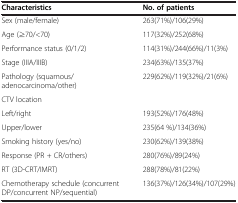
<table><thead><tr><td><b>Characteristics</b></td><td><b>No. of patients</b></td></tr></thead><tbody><tr><td>Sex (male/female)</td><td>263(71%)/106(29%)</td></tr><tr><td>Age (≥70/&lt;70)</td><td>117(32%)/252(68%)</td></tr><tr><td>Performance status (0/1/2)</td><td>114(31%)/244(66%)/11(3%)</td></tr><tr><td>Stage (IIIA/IIIB)</td><td>234(63%)/135(37%)</td></tr><tr><td>Pathology (squamous/adenocarcinoma/other)</td><td>229(62%)/119(32%)/21(6%)</td></tr><tr><td>CTV location</td><td> </td></tr><tr><td>Left/right</td><td>193(52%)/176(48%)</td></tr><tr><td>Upper/lower</td><td>235(64 %)/134(36%)</td></tr><tr><td>Smoking history (yes/no)</td><td>230(62%)/139(38%)</td></tr><tr><td>Response (PR + CR/others)</td><td>280(76%)/89(24%)</td></tr><tr><td>RT (3D-CRT/IMRT)</td><td>288(78%)/81(22%)</td></tr><tr><td>Chemotherapy schedule (concurrent DP/concurrent NP/sequential)</td><td>136(37%)/126(34%)/107(29%)</td></tr></tbody></table>